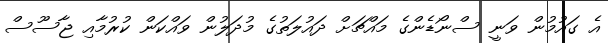
އެ ގައުމުން ވަނީ ސްނޯޑެންގެ މައްޗަށް ދައުލަތުގެ މުދަލުން ވައްކަން ކުރުމާއި ޖާސޫސް